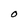
Character: O